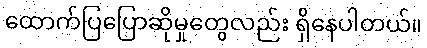
ထောက်ပြပြောဆိုမှုတွေလည်း ရှိနေပါတယ်။